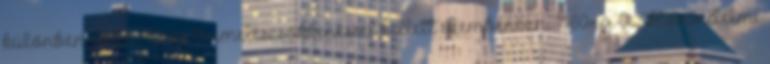
különben akár 35%-os termeléscsökkenéssel kellett szembenézni 1980-ig. A Honvédelmi